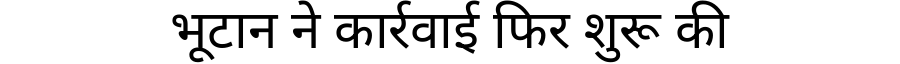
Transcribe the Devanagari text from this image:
भूटान ने कार्रवाई फिर शुरू की